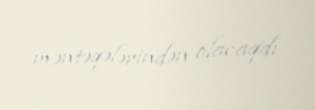
məntəqələrindən olacaqdı.